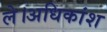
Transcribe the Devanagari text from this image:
ले।अधिकांश